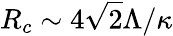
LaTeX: R_{c}\sim 4\sqrt{2}{\Lambda}/{\kappa}